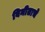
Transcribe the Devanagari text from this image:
विनीताचे